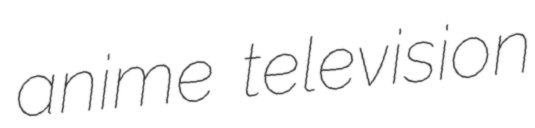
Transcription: anime television